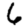
Digit: 6